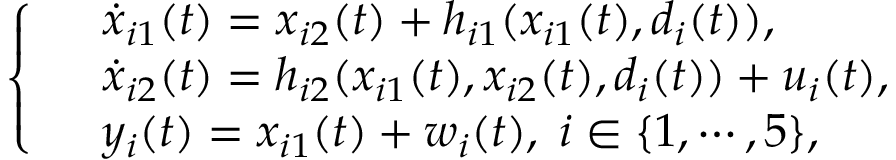
\left\{ \begin{array} { l l } & { \dot { x } _ { i 1 } ( t ) = x _ { i 2 } ( t ) + h _ { i 1 } ( x _ { i 1 } ( t ) , d _ { i } ( t ) ) , } \\ & { \dot { x } _ { i 2 } ( t ) = h _ { i 2 } ( x _ { i 1 } ( t ) , x _ { i 2 } ( t ) , d _ { i } ( t ) ) + u _ { i } ( t ) , } \\ & { y _ { i } ( t ) = x _ { i 1 } ( t ) + w _ { i } ( t ) , \; i \in \{ 1 , \cdots , 5 \} , } \end{array} \right.